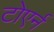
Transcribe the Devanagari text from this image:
टोएर्न